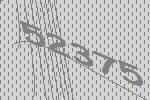
52375